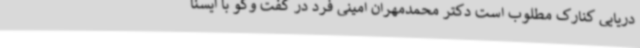
دریایی کنارک مطلوب است دکتر محمدمهران امینی فرد در گفت وگو با ایسنا